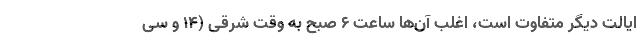
ایالت دیگر متفاوت است، اغلب آن‌ها ساعت ۶ صبح به وقت شرقی (۱۴ و سی